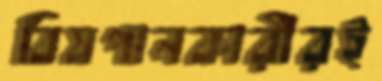
বিষপানকারীরই